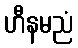
ဟီနမညံ